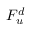
F _ { u } ^ { d }